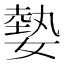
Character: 𡠦